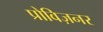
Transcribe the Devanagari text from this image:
प्रोविज़नर